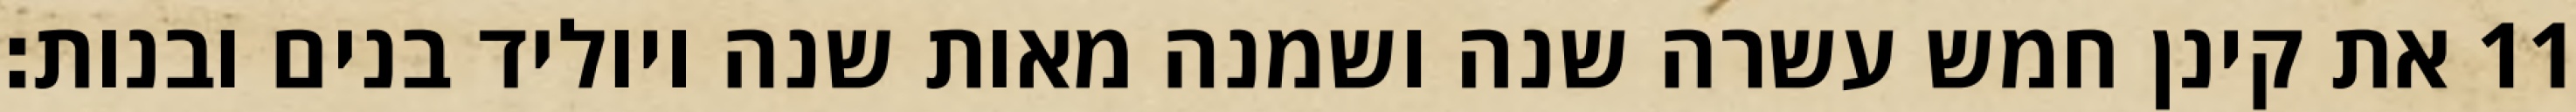
את קינן חמש עשרה שנה ושמנה מאות שנה ויוליד בנים ובנות׃ ‎11‏